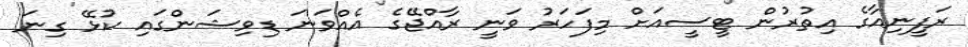
ރަފީނިއާގެ އިތުރުން ޓީސީއަށް މިފަހަރު ވަނީ ރާއްޖޭގެ އެއްވަނަ ޑިވިޝަންގައި ކުޅޭ ގިނަ